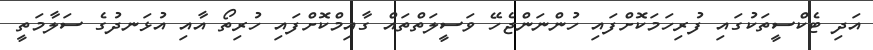
އަދި ޓެކްސީތަކުގައި ފުރިހަމަކޮށްފައި ހުންނަންޖެހޭ ވަސީލަތްތައް ގާއިމްކޮށްފައި ހުރިތޯ އާއި އުޅަނދުގެ ސަލާމަތީ